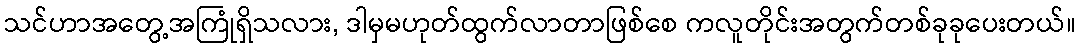
သင်ဟာအတွေ့အကြုံရှိသလား, ဒါမှမဟုတ်ထွက်လာတာဖြစ်စေ ကလူတိုင်းအတွက်တစ်ခုခုပေးတယ်။